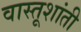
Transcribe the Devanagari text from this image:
वास्तूशांती